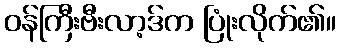
ဝန်ကြီးဗီးလာ့ဒ်က ပြုံးလိုက်၏။